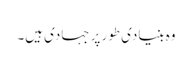
وہ بنیادی طور پر جہادی ہیں۔